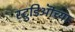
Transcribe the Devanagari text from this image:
स्टुडिऒंच्या